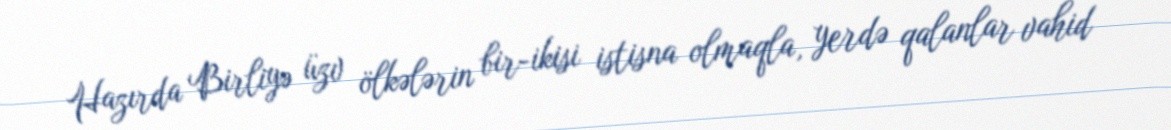
Hazırda Birliyə üzv ölkələrin bir-ikisi istisna olmaqla, yerdə qalanlar vahid